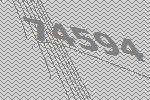
74594